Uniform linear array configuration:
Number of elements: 8
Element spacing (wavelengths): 0.5
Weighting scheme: hamming
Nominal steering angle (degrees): -45
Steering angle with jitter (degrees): -43.645
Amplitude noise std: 0.05
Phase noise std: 0.05

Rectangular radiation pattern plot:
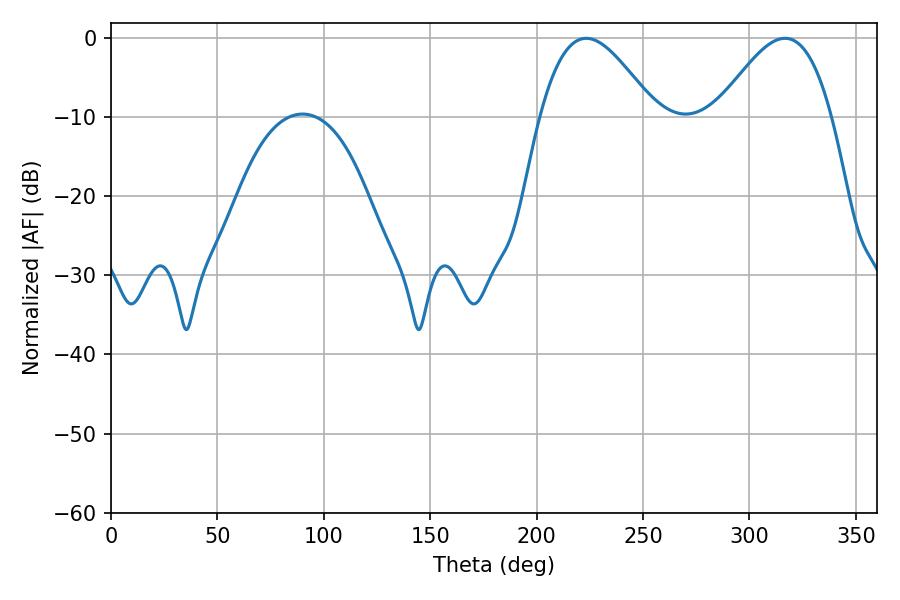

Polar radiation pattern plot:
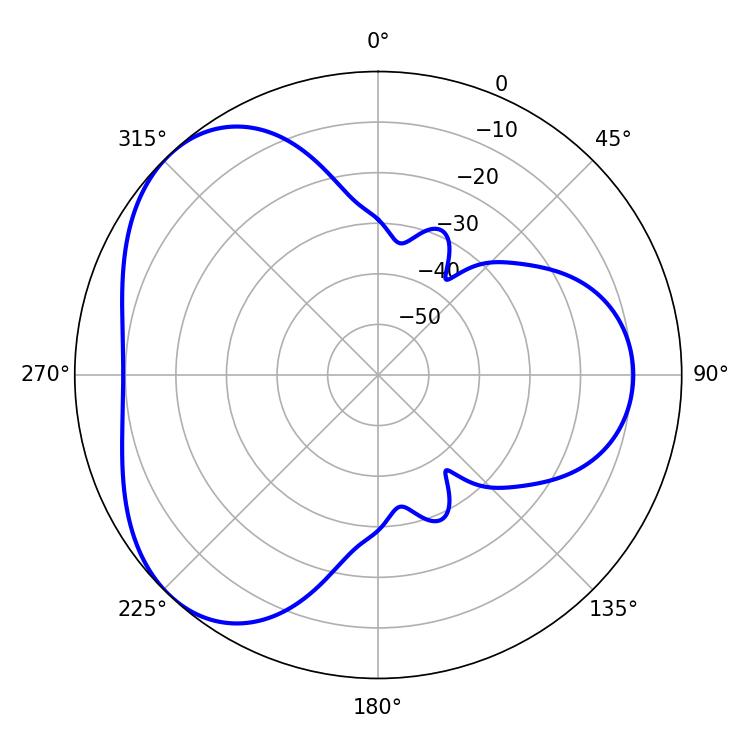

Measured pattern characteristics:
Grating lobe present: FALSE
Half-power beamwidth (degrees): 28.98
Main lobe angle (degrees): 223.38